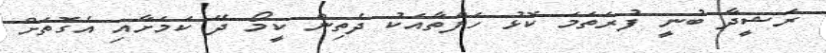
ރަޝީދާ ބުނީ ފުރަތަމަ ކޮޅު ހަފްތާއަކު ދެތިން ކީމޯ ދޭ ކަމަށާއި އެގޮތަށް